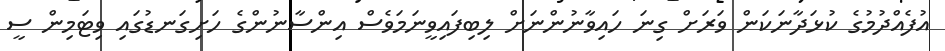
އުފެއްދުމުގެ ކުޅަދާނަކަން ވަރަށް ގިނަ ހައިވާނުންނަށް ލިބިފައިވީނަމަވެސް އިންސާނުންގެ ހަށިގަނޑުގައި ވިޓަމިން ސީ